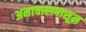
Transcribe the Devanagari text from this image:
अनाचारापासून